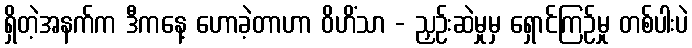
ရှိတဲ့အနက်က ဒီကနေ့ ဟောခဲ့တာဟာ ဝိဟိံသာ - ညှဉ်းဆဲမှုမှ ရှောင်ကြဉ်မှု တစ်ပါးပဲ